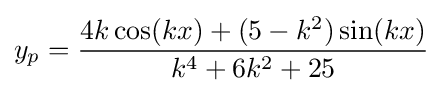
y_{p}={\frac {4k\cos(kx)+(5-k^{2})\sin(kx)}{k^{4}+6k^{2}+25}}